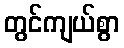
တွင်ကျယ်စွာ